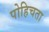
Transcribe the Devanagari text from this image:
पोहिचता